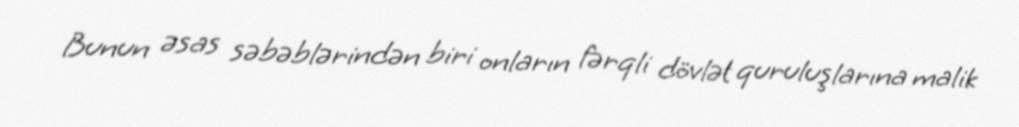
Bunun əsas səbəblərindən biri onların fərqli dövlət quruluşlarına malik